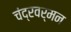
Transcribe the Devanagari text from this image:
चंद्रवर्मन